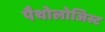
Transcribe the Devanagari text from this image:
पैथोलोजिस्ट